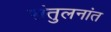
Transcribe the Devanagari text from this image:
संतुलनांत